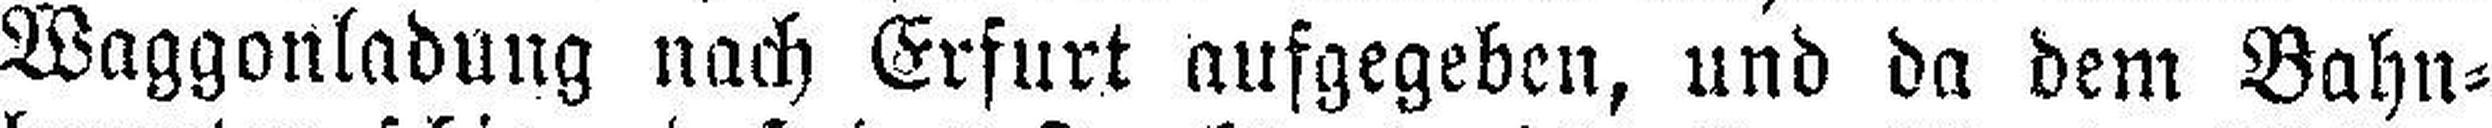
Waggonladung nach Erfurt aufgegeben, und da dem Bahn¬